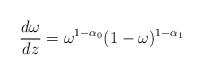
LaTeX: \begin{align*}{{d\omega}\over{dz}}= \omega^{1-\alpha_0}(1-\omega)^{1-\alpha_1}\end{align*}